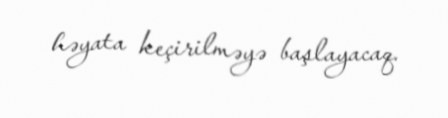
həyata keçirilməyə başlayacaq.